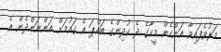
މަރުވެފައިވާ އަންހެން މީހާގެ ދެ ކުދިންގެ ބައްޕަ އެ ގައުމަށް އަންނަންދެން އެ